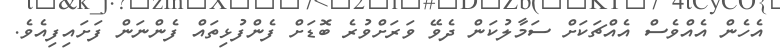
އެހެން އެއްވެސް އެއްޗަކަށް ސަމާލުކަން ދެވޭ ވަރަށްވުރެ ބޮޑަށް ފެންފުޅިތައް ފެންނަން ފަށަައިފިއެވެ.